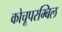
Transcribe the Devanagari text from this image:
कोचूपरम्बिल